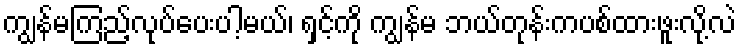
ကျွန်မကြည့်လုပ်ပေးပါ့မယ်၊ ရှင့်ကို ကျွန်မ ဘယ်တုန်းကပစ်ထားဖူးလို့လဲ